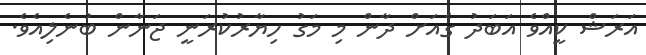
އަރަޝް ކީއްވެ އަބަދު ގެއަށް ދާން މި މަގު ހިޔާރުކުރަނީ ޖަނާން ބުނެލިއެވެ.